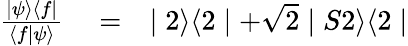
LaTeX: \begin{array}{rlr}{\frac{\mid\psi\rangle\langle f\mid}{\langle f\mid\psi\rangle}}&{{}=}&{\mid 2\rangle\langle 2\mid+\sqrt{2}\mid S2\rangle\langle 2\mid}\end{array}